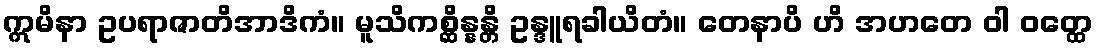
ဣမိနာ ဥပရာဇာတိအာဒိကံ။ မူသိကစ္ဆိန္နန္တိ ဥန္ဒူရခါယိတံ။ တေနာပိ ဟိ အဟတေ ဝါ ဝတ္ထေ